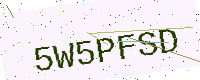
Text: 5W5PFSD